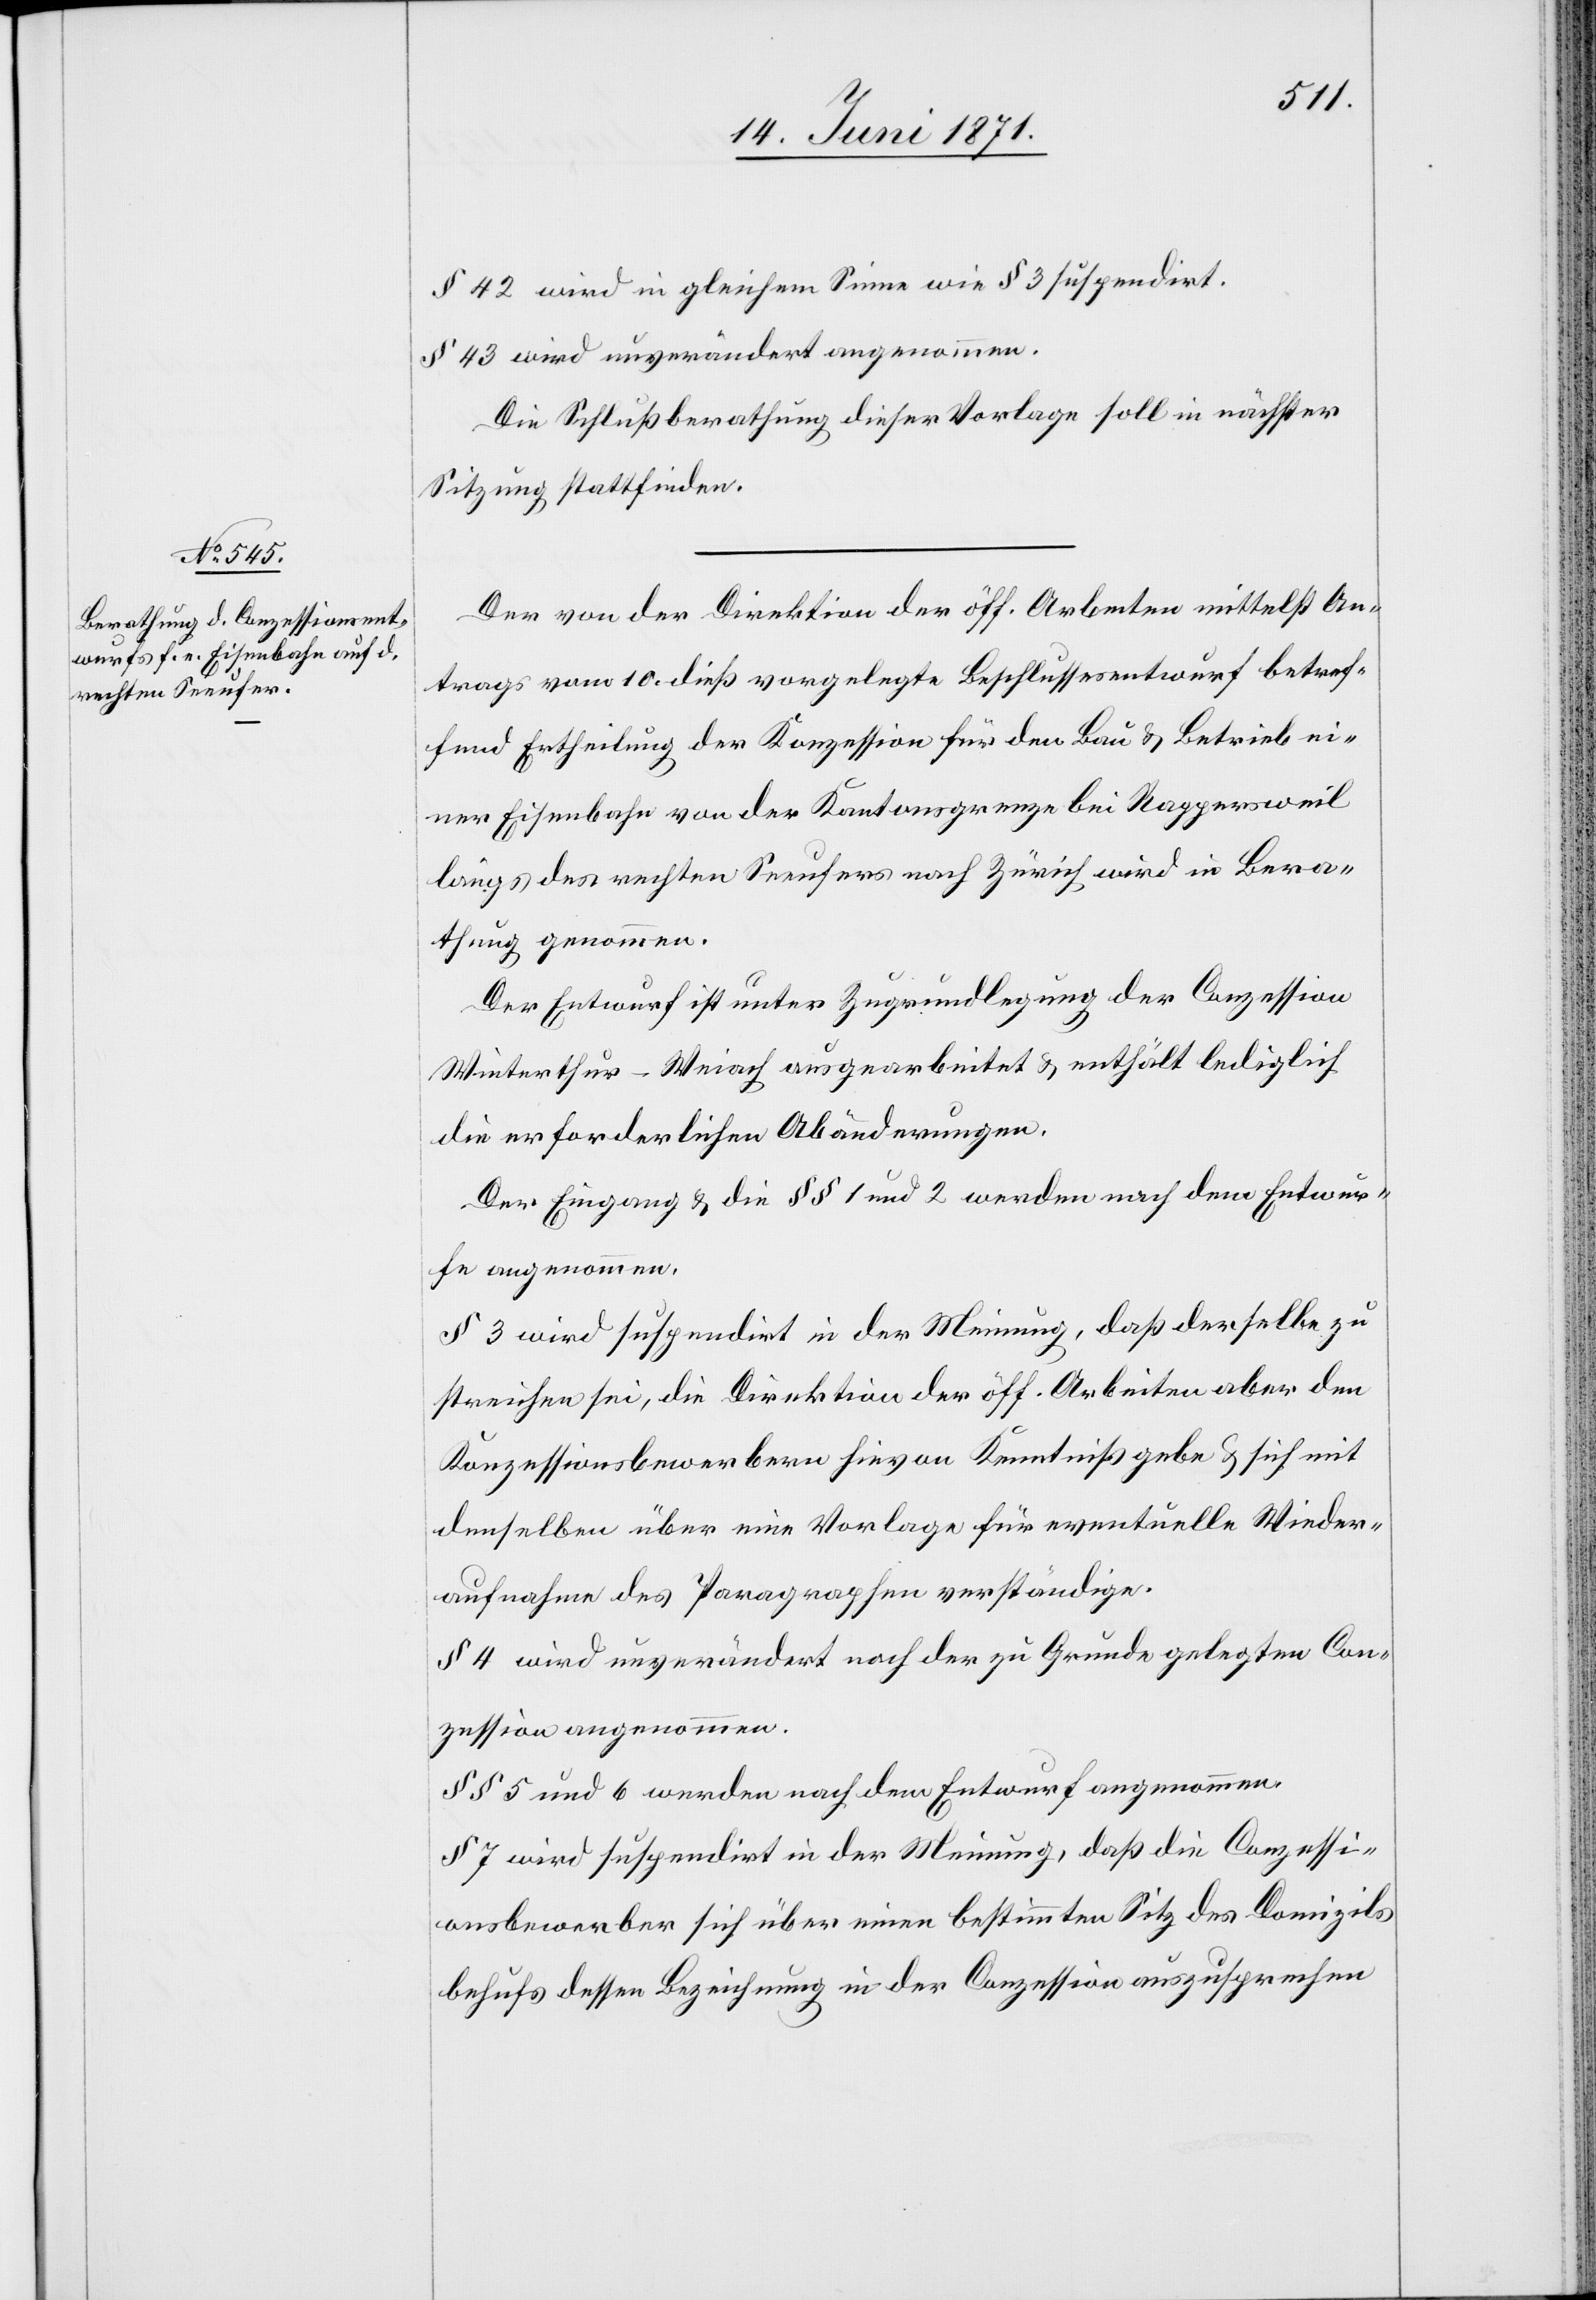
§ 42 wird in gleichem Sinne wie § 3 suspendirt.
§ 43 wird unverändert angenommen.
Die Schlußberathung dieser Vorlage soll in nächster
Sitzung stattfinden.
Der von der Direktion der öff. Arbeiten mittelst An¬
trags vom 10. dieß vorgelegte Beschlussesentwurf betref¬
fend Ertheilung der Konzession für den Bau u. Betrieb ei¬
ner Eisenbahn von der Kantonsgrenze bei Rappersweil
längs des rechten Seeufers nach Zürich wird in Bera¬
thung genommen.
Der Entwurf ist unter Zugrundlegung der Conzession
Winterthur-Weiach ausgearbeitet u. enthält lediglich
die erforderlichen Abänderungen.
Der Eingang u. die §§ 1 und 2 werden nach dem Entwur¬
fe angenommen.
§ 3 wird suspendirt in der Meinung, daß derselbe zu
streichen sei, die Direktion der öff. Arbeiten aber den
Konzessionsbewerbern hievon Kenntniß gebe u. sich mit
denselben über eine Vorlage für eventuelle Wieder¬
aufnahme des Paragraphen verständige.
§ 4 wird unverändert nach der zu Grunde gelegten Con¬
zession angenommen.
§§ 5 und 6 werden nach dem Entwurf angenommen.
§ 7 wird suspendirt in der Meinung, daß die Conzessi¬
onsbewerber sich über einen bestimmten Sitz des Domizils
behufs dessen Bezeichnung in der Conzession auszusprechen